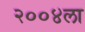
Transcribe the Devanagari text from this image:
२००४ला